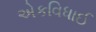
એકવિધાઈ